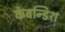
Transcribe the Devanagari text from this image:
केवन्डिश